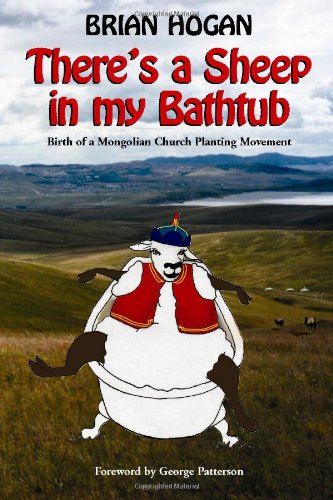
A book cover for There's a Sheep in my Bathtub: Birth of a Mongolian Church Planting Movement; Brian Hogan; Biographies & Memoirs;